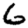
Digit: 6